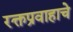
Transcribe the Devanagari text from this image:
रक्तप्रवाहाचे